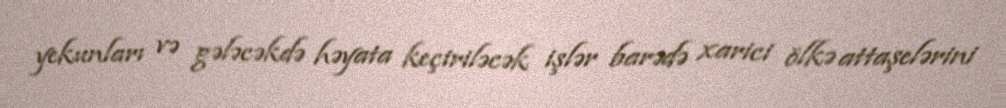
yekunları və gələcəkdə həyata keçiriləcək işlər barədə xarici ölkə attaşelərini